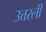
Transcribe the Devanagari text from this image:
उत्तरली